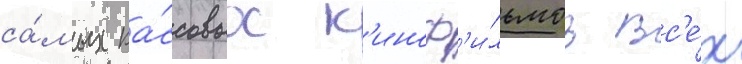
са́мых ка́ссовых к'иноф'и́льмов вс'е́х